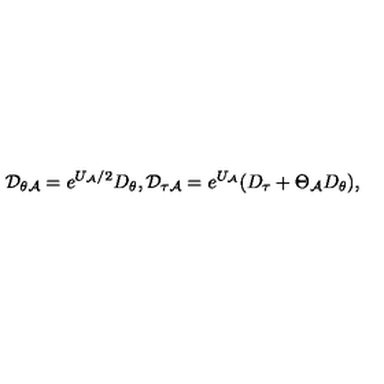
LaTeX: { \cal D } _ { \theta { \cal A } } = e ^ { U _ { \cal A } / 2 } D _ { \theta } , { \cal D } _ { \tau { \cal A } } = e ^ { U _ { \cal A } } ( D _ { \tau } + \Theta _ { \cal A } D _ { \theta } ) ,